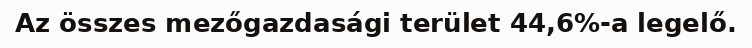
Az összes mezőgazdasági terület 44,6%-a legelő.